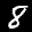
Label: 8